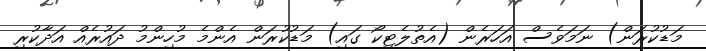
މަޑުކުރަން) ނަމަވެސް އަހަރެން (އެތުލެޓިކޯ ގައި) މަޑުކުރަން އެންމެ މުހިންމު ދައުރެއް އަދާކުރި